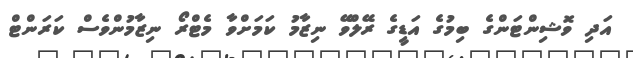
އަދި ވޮޝިންޓަންގެ ބިމުގެ އަޑީގެ ރޭލްވޭ ނިޒާމު ކަމަށްވާ މެޓްރޯ ނިޒާމުންވެސް ކަރަންޓް